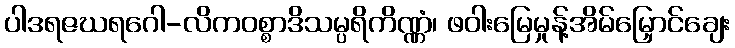
ပါဒရဇဃရဂေါ-လိကဝစ္စာဒိသမ္ပရိကိဏ္ဏံ၊ ဖဝါးမြေမှုန့်အိမ်မြှောင်ချေး